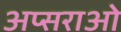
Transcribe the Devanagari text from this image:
अप्सराओ